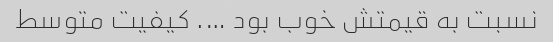
نسبت به قیمتش خوب بود …. کیفیت متوسط